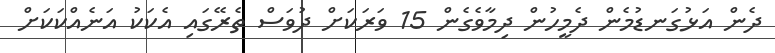
ދެން އަޅުގަނޑުމެން ދެމީހުން ދިމާވެގެން 15 ވަރަކަށް ދުވަސް ތެރޭގައި އެކަކު އަނެއްކަކަށް